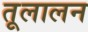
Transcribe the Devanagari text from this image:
तूलालन